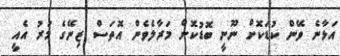
އަޅާނެ ވޭން ކުޑަކޮށް ނޫނީ ބޮޑުކޮށް މަރާލެވެން އޮތަސް ޒިނޭގެ މަރު އެއީ